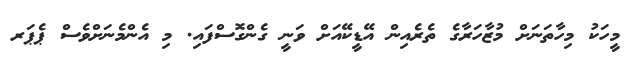
މީހަކު މިހާތަނަށް މުޒާހަރާގެ ތެރެއިން އޭޑީކޭއަށް ވަނީ ގެންގޮސްފައި. މި އެންމެނަށްވެސް ޕެޕަރ